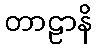
တာဠာနိ